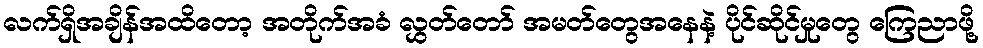
လက်ရှိအချိန်အထိတော့ အတိုက်အခံ လွှတ်တော် အမတ်တွေအနေနဲ့ ပိုင်ဆိုင်မှုတွေ ကြေညာဖို့